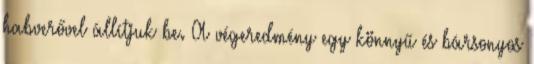
habverővel állítjuk be. A végeredmény egy könnyű és bársonyos